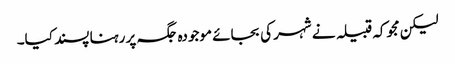
لیکن مجوکہ قبیلہ نے شہر کی بجائے موجودہ جگہ پر رہنا پسند کیا۔